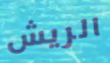
الريش